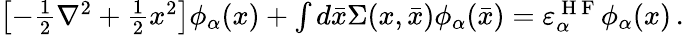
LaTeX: \begin{array}{r}{\left[-\frac{1}{2}\nabla^{2}+\frac{1}{2}x^{2}\right]\phi_{\alpha}(x)+\int d\bar{x}\Sigma(x,\bar{x})\phi_{\alpha}(\bar{x})=\varepsilon_{\alpha}^{\mathrm{~H~F~}}\phi_{\alpha}(x)\, .}\end{array}